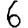
Digit: 6